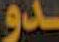
دو